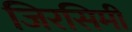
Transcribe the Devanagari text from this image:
जिरसिमी